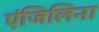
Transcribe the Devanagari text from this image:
एंजिलिना